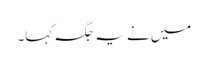
میں نے یہ جگہ کہا۔